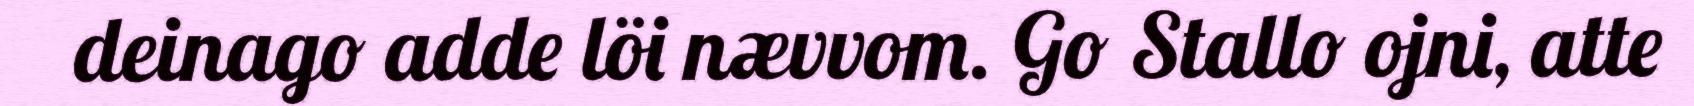
deinago adde löi nævvom. Go Stallo ojni, atte